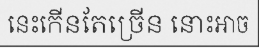
នេះកើនតែច្រើន នោះអាច